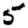
Digit: 5